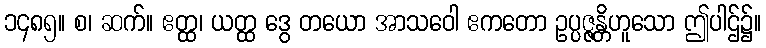
၁၄၈၅။ စ၊ ဆက်။ ဧတ္ထ၊ ယတ္ထ ဒွေ တယော အာသဝေါ ဧကတော ဥပ္ပဇ္ဇန္တိဟူသော ဤပါဌ်၌။